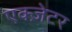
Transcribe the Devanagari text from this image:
एक्ज़ेटर